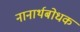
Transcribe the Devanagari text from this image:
नानार्थबोधक